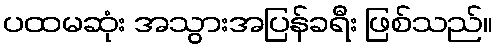
ပထမဆုံး အသွားအပြန်ခရီး ဖြစ်သည်။